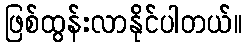
ဖြစ်ထွန်းလာနိုင်ပါတယ်။